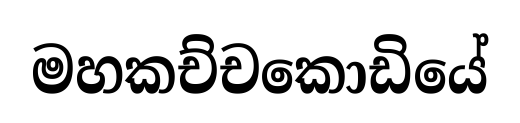
මහකච්චකොඩියේ